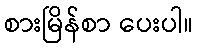
စားမြိန်စာ ပေးပါ။